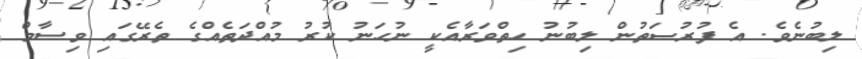
ލިބުނެވެ. އެ ފުރުޞަތުން ލިބުނު ހިތްވަރާއެކީ ނުހަނު ކުރު މުއްދަތެއްގެ ތެރޭގައި ވިސާމް